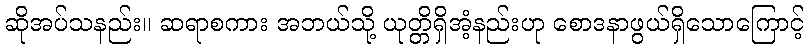
ဆိုအပ်သနည်း။ ဆရာစကား အဘယ်သို့ ယုတ္တိရှိအံ့နည်းဟု စောဒနာဖွယ်ရှိသောကြောင့်